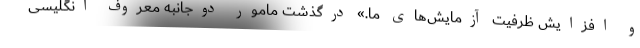
و افزایش ظرفیت آزمایش‌های ما.» درگذشت مامور دوجانبه معروف انگلیسی